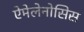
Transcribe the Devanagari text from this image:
ऐमेलेनोसिस